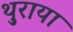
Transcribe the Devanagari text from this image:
थ़ुराया